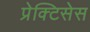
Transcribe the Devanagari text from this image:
प्रेक्टिसेस